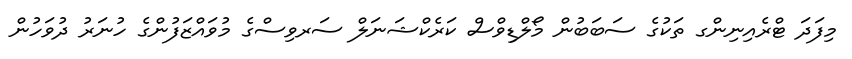
މިފަދަ ޓްރެއިނިންގ ތަކުގެ ސަބަބުން މޯލްޑިވްސް ކަރެކްޝަނަލް ސަރވިސްގެ މުވައްޒަފުންގެ ހުނަރު ދުވަހުން